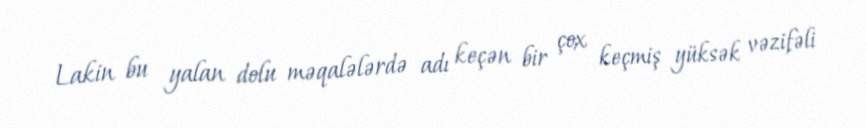
Lakin bu yalan dolu məqalələrdə adı keçən bir çox keçmiş yüksək vəzifəli